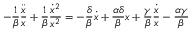
- \frac { 1 } { \beta } \frac { \ddot { x } } { x } + \frac { 1 } { \beta } \frac { \dot { x } ^ { 2 } } { x ^ { 2 } } = - \frac { \delta } { \beta } \dot { x } + \frac { \alpha \delta } { \beta } x + \frac { \gamma } { \beta } \frac { \dot { x } } { x } - \frac { \alpha \gamma } { \beta }